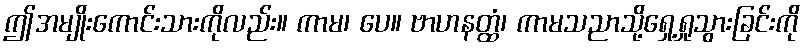
ဤအမျိုးကောင်းသားကိုလည်း။ ကာမ၊ ပေ။ ဗာဟနတ္ထံ၊ ကာမသညာသို့ရှေ့ရှုသွားခြင်းကို